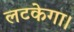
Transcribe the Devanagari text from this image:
लटकेगा।